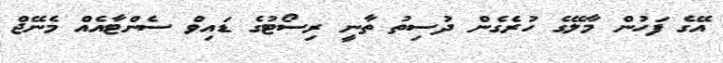
އޭގެ ފަހުން މާލޭގެ ހުރެގެން ދުސިތު ތާނީ ރިސޯޓުގެ ޑައިވް ސެންޓާއެއް މެނޭޖް